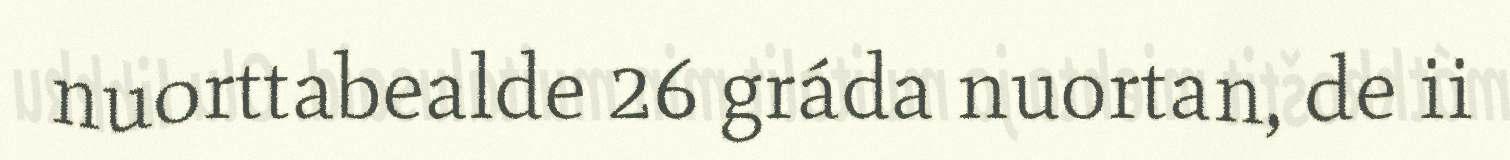
nuorttabealde 26 gráda nuortan, de ii